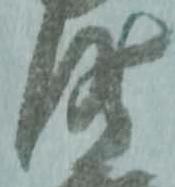
時